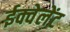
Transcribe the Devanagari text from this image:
ईक्वेलेंट